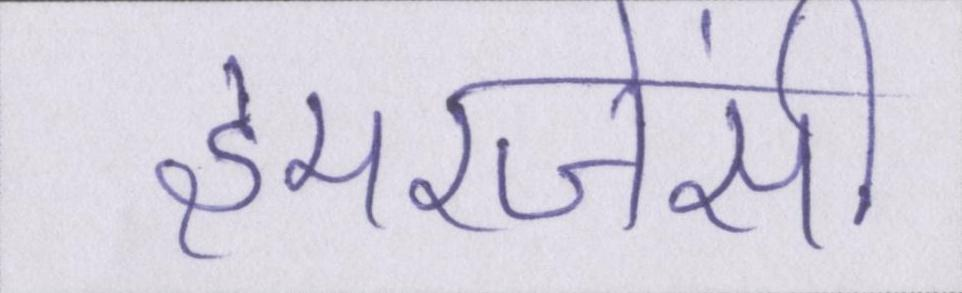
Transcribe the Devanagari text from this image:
इमरजेंसी